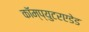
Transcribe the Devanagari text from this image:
कॉम्प्युटरएडेड